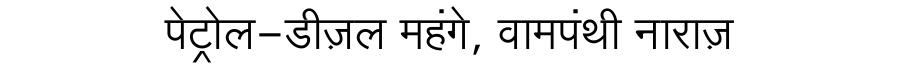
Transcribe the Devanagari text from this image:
पेट्रोल-डीज़ल महंगे, वामपंथी नाराज़